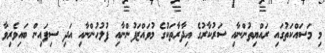
މި މަސައްކަތުގައި ރައްޔިތުންނާއި ސަރުކާރުގެ އިދާރާތަކުގެ މުވައްޒަފުންނާއި ފުލުހުންނާއި އަދި ސިފައިން ބައިވެރިވާ